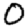
Digit: 0